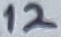
Text: 12